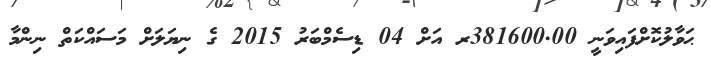
ޙަވާލުކޮށްފައިވަނީ 381600.00ރ އަށް 04 ޑިސެމްބަރު 2015 ގެ ނިޔަލަށް މަސައްކަތް ނިންމާ